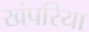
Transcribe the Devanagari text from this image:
खंपरिया